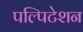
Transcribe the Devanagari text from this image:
पल्पिटेशन